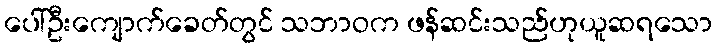
ပေါ်ဦးကျောက်ခေတ်တွင် သဘာဝက ဖန်ဆင်းသည်ဟုယူဆရသော